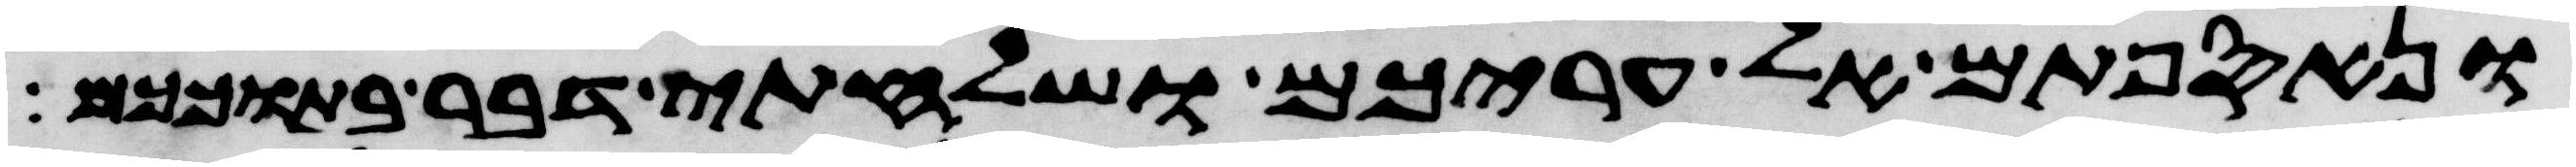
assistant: ונאספתם אל עריכם ושלחתי דבר בתוככם